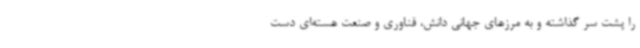
را پشت سر گذاشته و به مرزهای جهانی دانش، فناوری و صنعت هسته‌ای دست